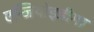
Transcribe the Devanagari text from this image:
एन्जियोइडीमा